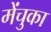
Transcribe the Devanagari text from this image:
मेंचुका